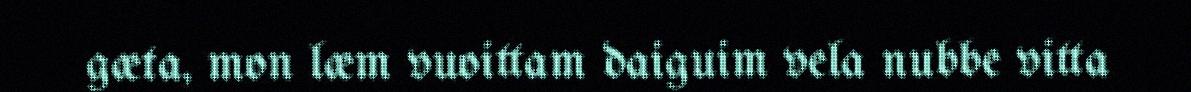
gæta, mon læm vuoittam daiguim vela nubbe vitta